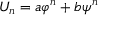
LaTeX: U _ { n } = a \varphi ^ { n } + b \psi ^ { n }